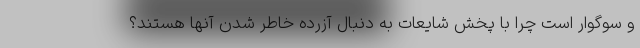
و سوگوار است چرا با پخش شایعات به دنبال آزرده خاطر شدن آنها هستند؟